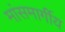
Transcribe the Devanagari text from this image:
मांसमार्गीय